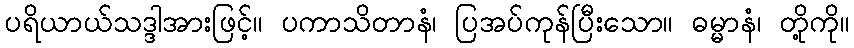
ပရိယာယ်သဒ္ဒါအားဖြင့်။ ပကာသိတာနံ၊ ပြအပ်ကုန်ပြီးသော။ ဓမ္မာနံ၊ တို့ကို။